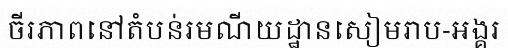
ចីរភាពនៅតំបន់រមណីយដ្ឋានសៀមរាប-អង្គរ